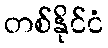
တစ်နိုင်ငံ